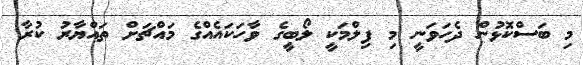
މި ބަސްކޮޅުން ދެހަވަނީ މި ފިލްމަކީ ލޯބީގެ ވާހަކައެއްގެ މައްޗަށް ތައްޔާރު ކުރާ